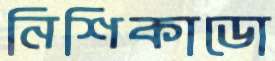
নিশিকাডো